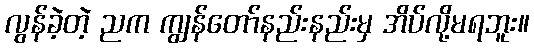
လွန်ခဲ့တဲ့ ညက ကျွန်တော်နည်းနည်းမှ အိပ်လို့မရဘူး။